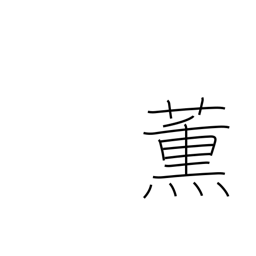
Meaning: smoke (tobacco)